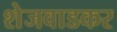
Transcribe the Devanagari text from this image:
शेजवाडकर